FBI September 2023 Sighting - Serial 4
Agency: FBI
Incident date: 9/1/23
Incident location: United States
Page 1
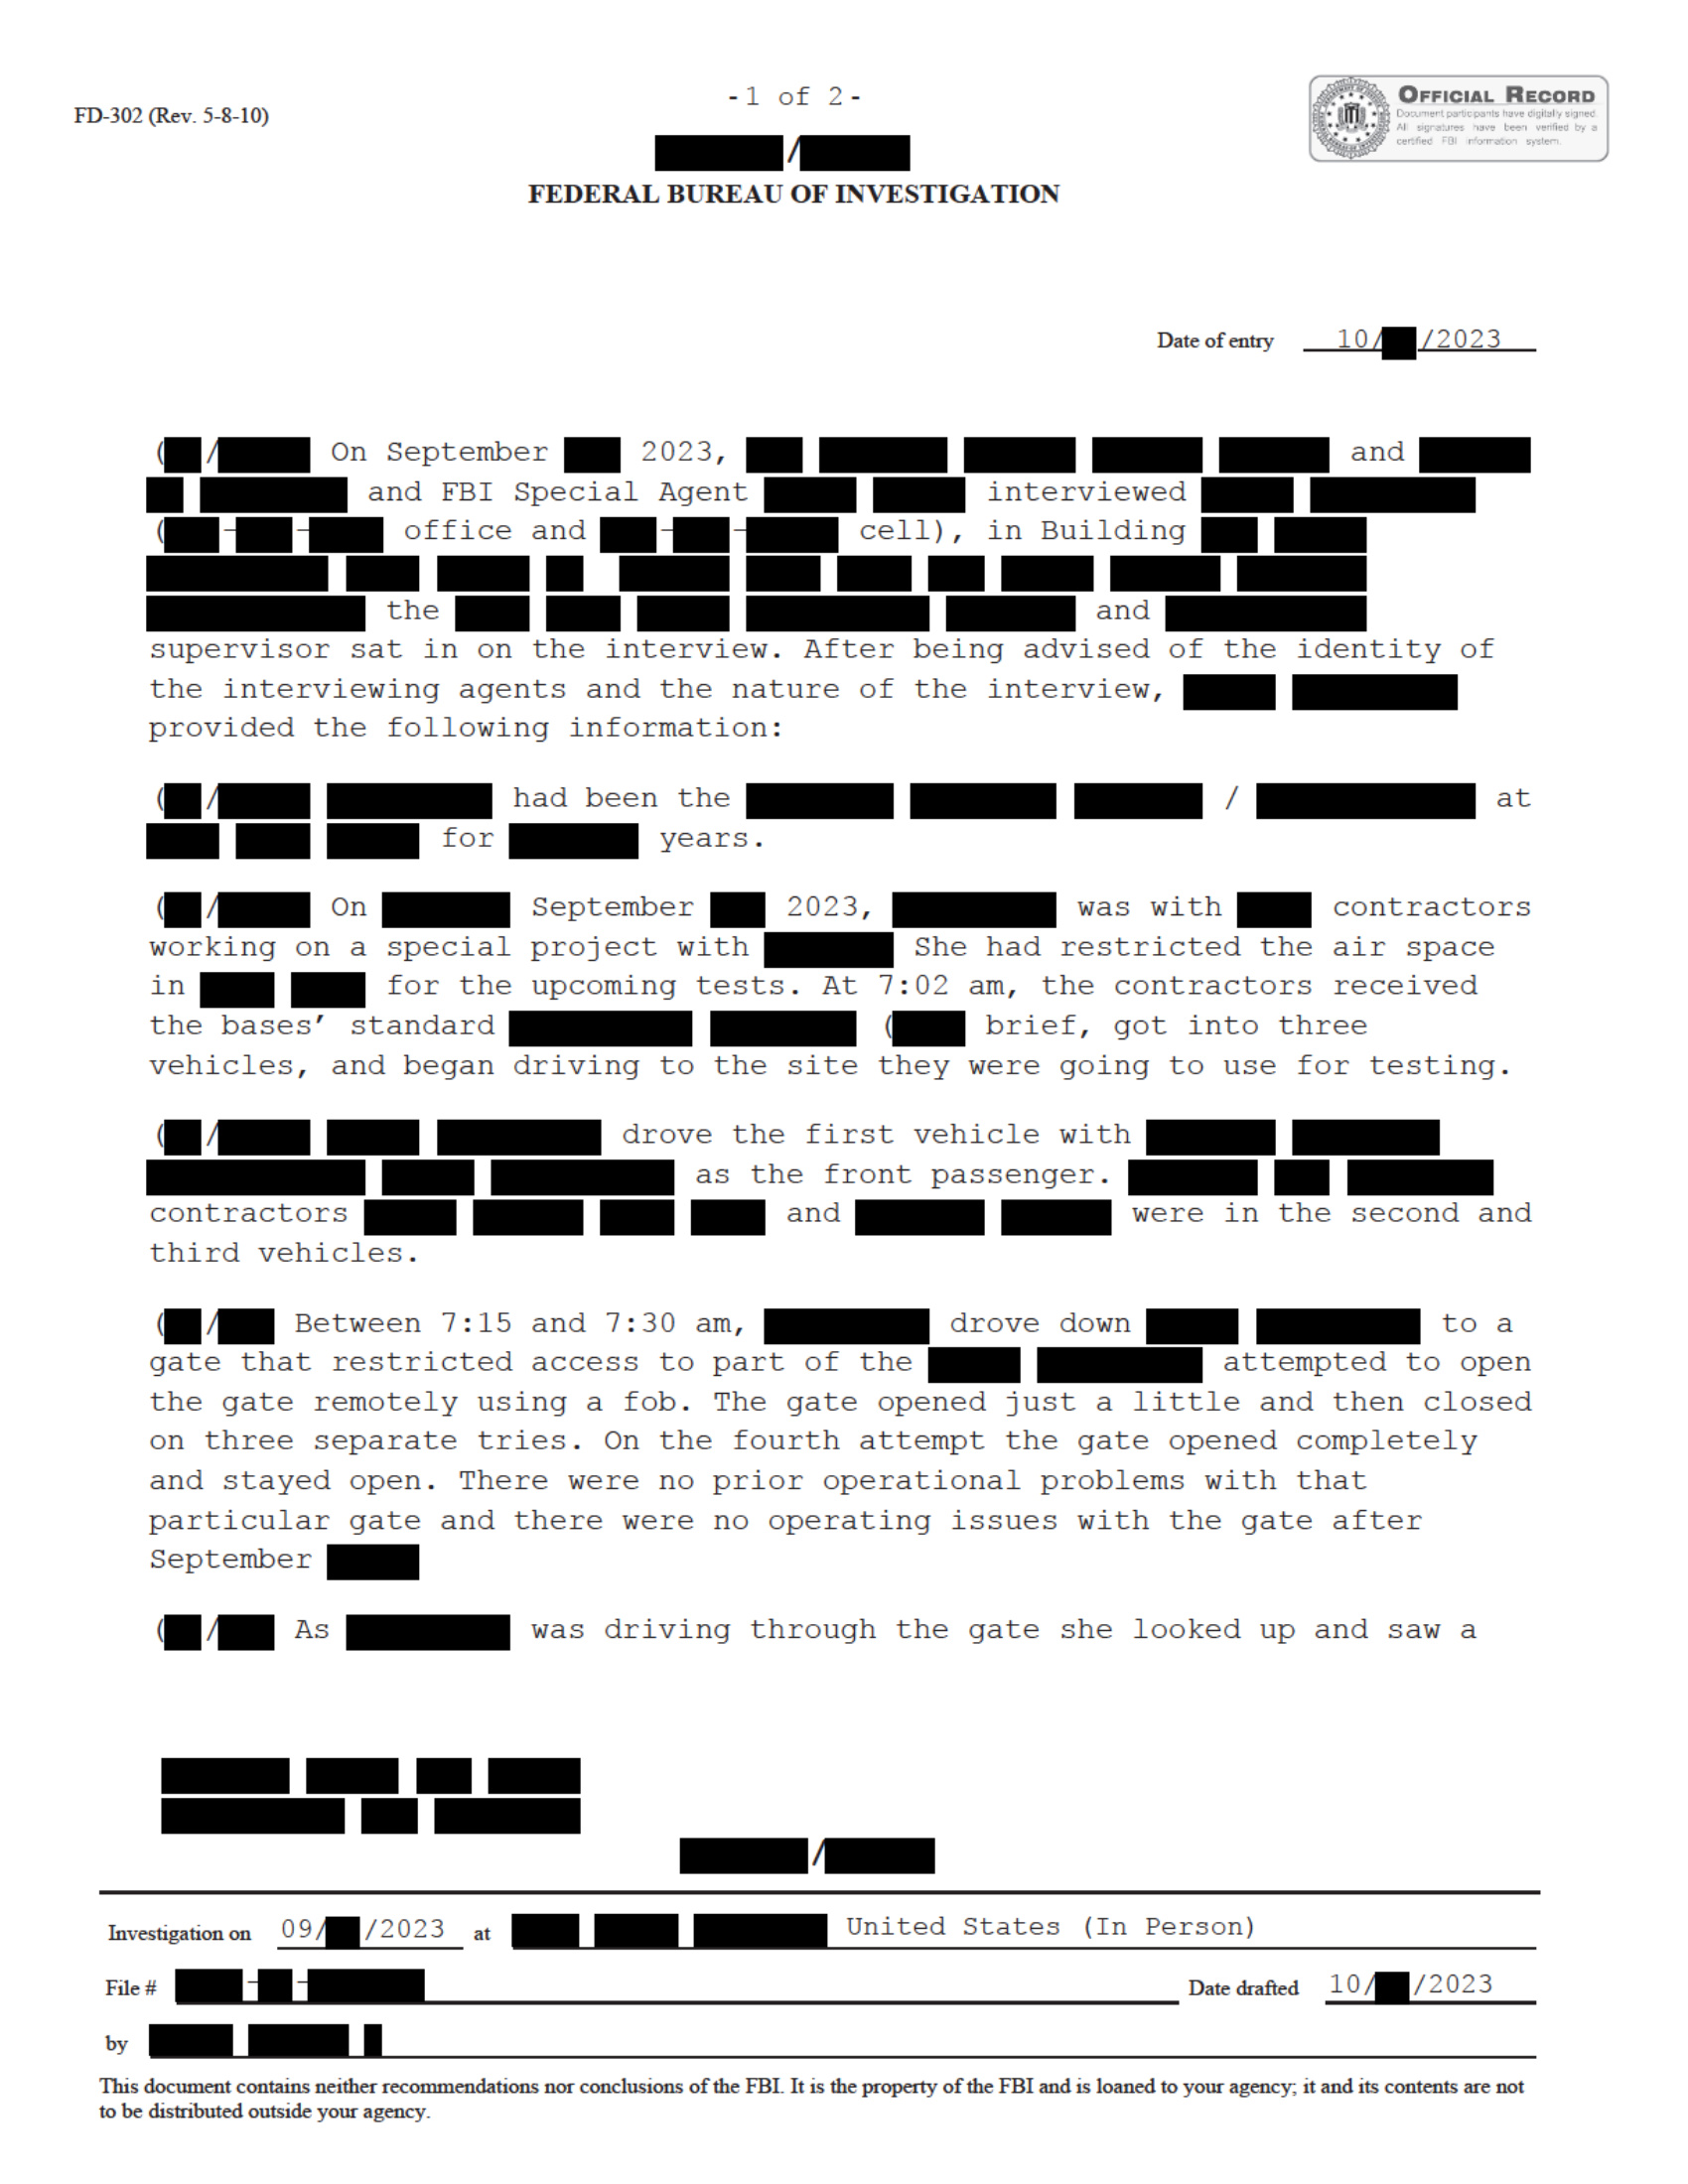